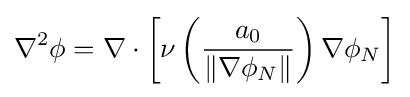
\nabla ^{2}\phi =\nabla \cdot \left[\nu \left({\frac {a_{0}}{\left\|\nabla \phi _{N}\right\|}}\right)\nabla \phi _{N}\right]